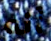
أنه